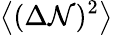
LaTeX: {\big\langle}(\Delta\mathcal{N})^{2}{\big\rangle}